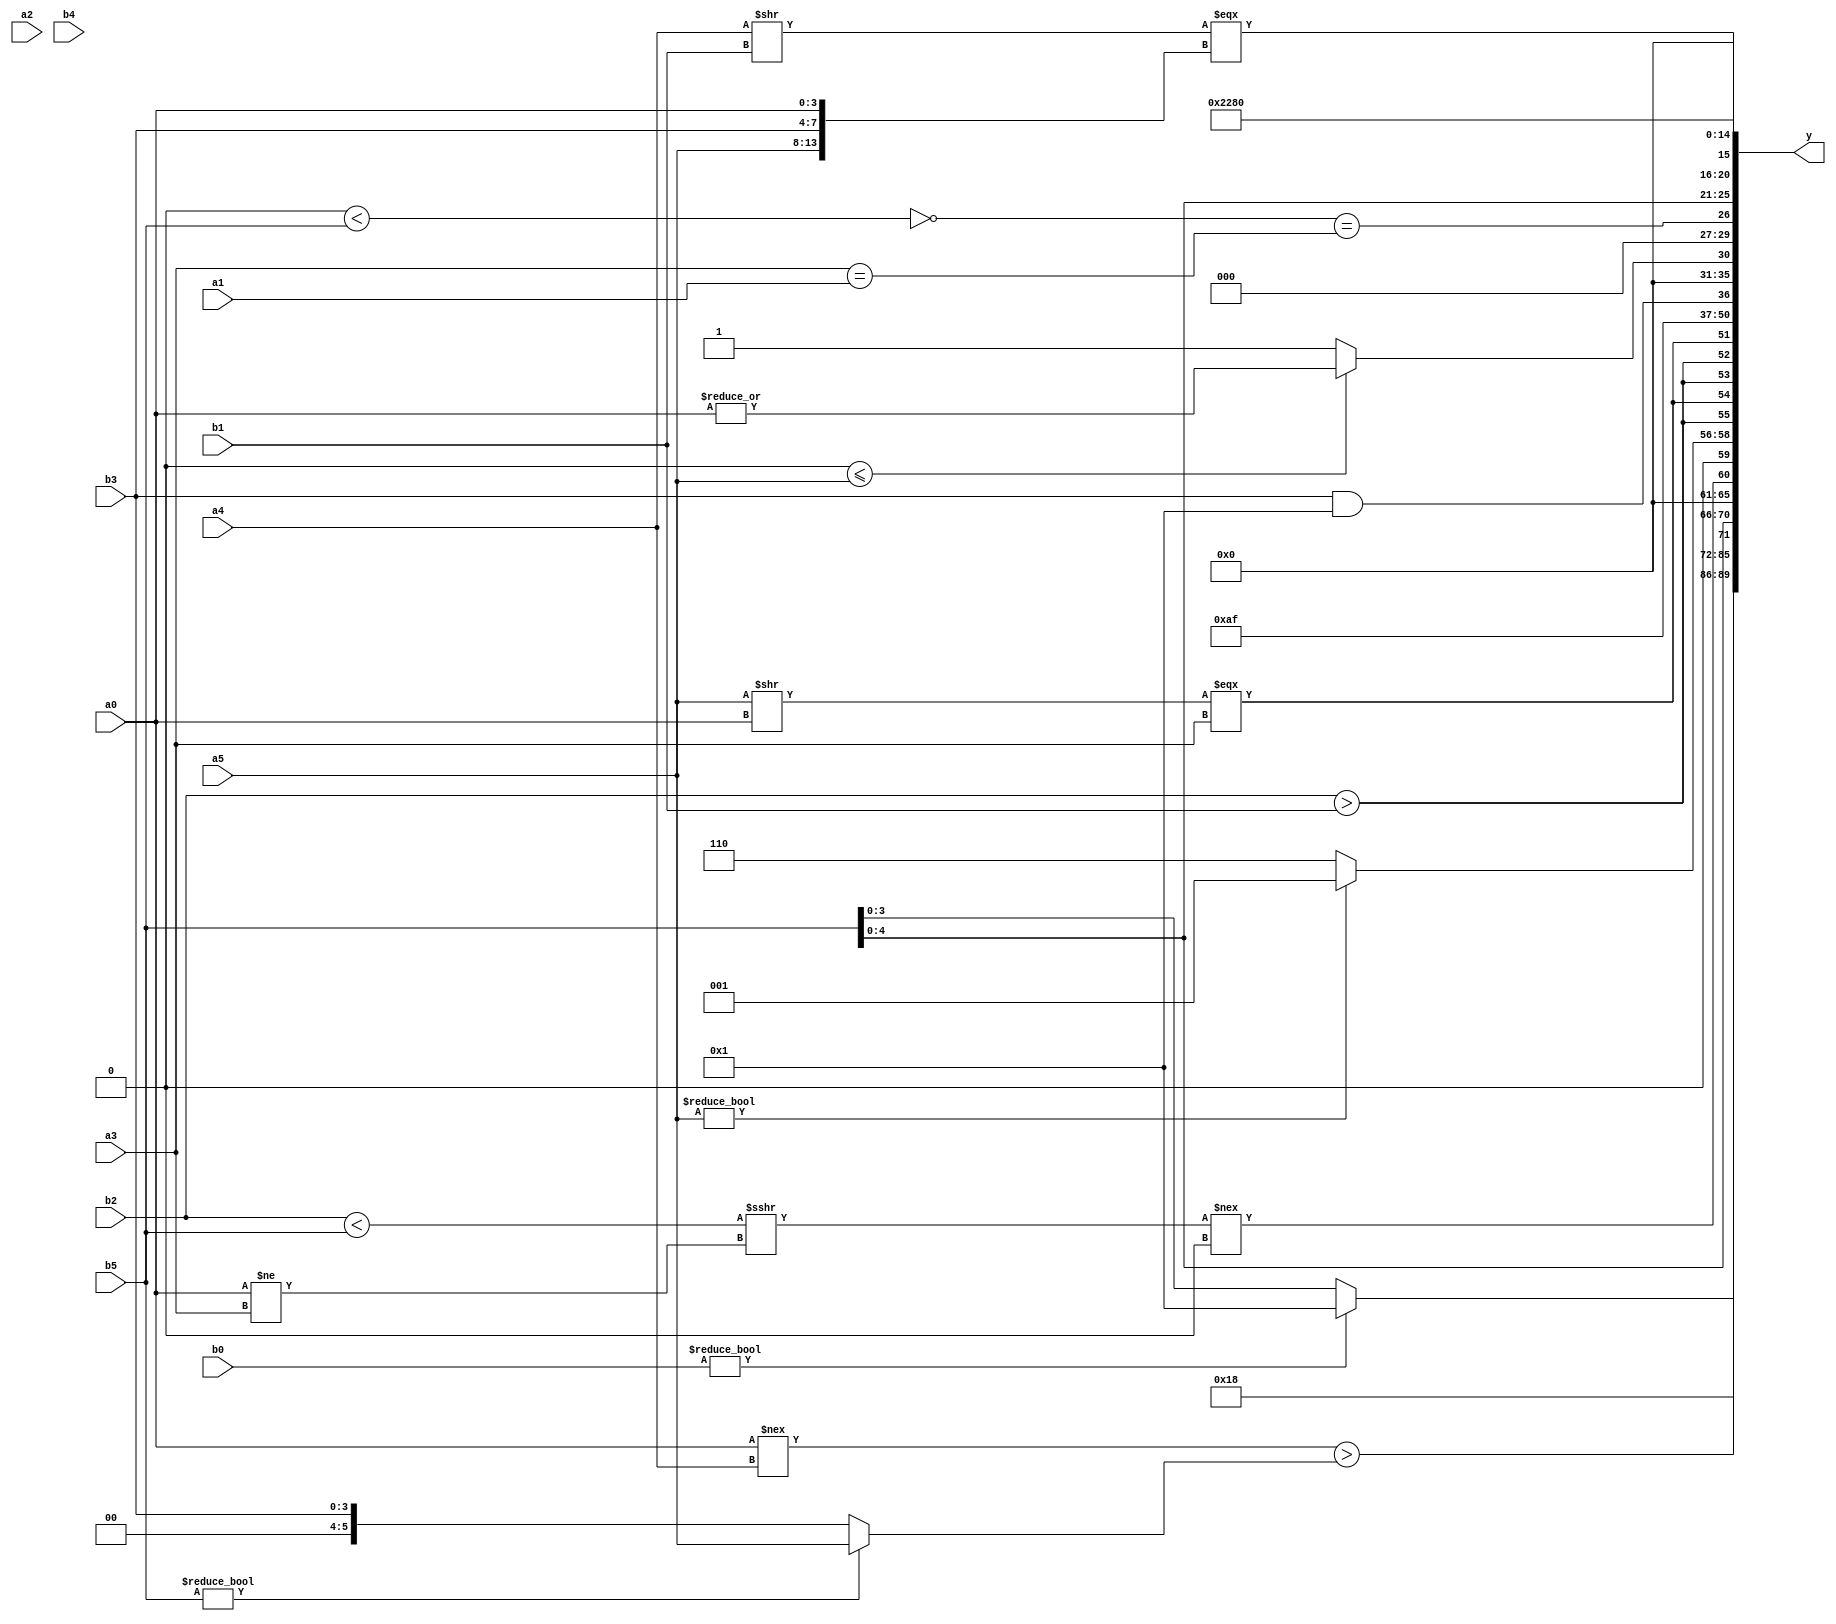
module expression_00758(a0, a1, a2, a3, a4, a5, b0, b1, b2, b3, b4, b5, y);
  input [3:0] a0;
  input [4:0] a1;
  input [5:0] a2;
  input signed [3:0] a3;
  input signed [4:0] a4;
  input signed [5:0] a5;

  input [3:0] b0;
  input [4:0] b1;
  input [5:0] b2;
  input signed [3:0] b3;
  input signed [4:0] b4;
  input signed [5:0] b5;

  wire [3:0] y0;
  wire [4:0] y1;
  wire [5:0] y2;
  wire signed [3:0] y3;
  wire signed [4:0] y4;
  wire signed [5:0] y5;
  wire [3:0] y6;
  wire [4:0] y7;
  wire [5:0] y8;
  wire signed [3:0] y9;
  wire signed [4:0] y10;
  wire signed [5:0] y11;
  wire [3:0] y12;
  wire [4:0] y13;
  wire [5:0] y14;
  wire signed [3:0] y15;
  wire signed [4:0] y16;
  wire signed [5:0] y17;

  output [89:0] y;
  assign y = {y0,y1,y2,y3,y4,y5,y6,y7,y8,y9,y10,y11,y12,y13,y14,y15,y16,y17};

  localparam [3:0] p0 = ((5'd12)|(4'sd0));
  localparam [4:0] p1 = ((3'd5)?(2'd2):(5'sd6));
  localparam [5:0] p2 = ((3'd3)<=(-3'sd0));
  localparam signed [3:0] p3 = (((3'd7)?(-4'sd4):(5'd21))!=((4'd14)!==(2'd1)));
  localparam signed [4:0] p4 = (~|(^(2'd0)));
  localparam signed [5:0] p5 = ({(5'd31),(2'sd1),(4'd0)}&&{(-2'sd1),(4'd11),(5'd18)});
  localparam [3:0] p6 = (-5'sd7);
  localparam [4:0] p7 = (^{1{(((-5'sd14)?(-4'sd6):(2'd3))!=((3'd4)?(-4'sd2):(5'sd0)))}});
  localparam [5:0] p8 = ((((-5'sd14)<<(4'd5))!=((5'd18)>(-4'sd5)))<<<(((4'sd7)||(3'd0))<<((3'd6)<<(-4'sd0))));
  localparam signed [3:0] p9 = (&((^((3'd5)&&(-5'sd6)))!==(((-2'sd0)^~(-3'sd2))>((-4'sd0)^(3'd1)))));
  localparam signed [4:0] p10 = ({3{(4'sd2)}}?((4'd4)===(-3'sd1)):((5'd1)+(4'd4)));
  localparam signed [5:0] p11 = {((|(5'sd6))||((4'd1)<=(-4'sd1))),(&{(2'd1),(3'd5),(4'd8)}),{1{{{(5'd18),(4'sd6),(3'd3)},(4'd10)}}}};
  localparam [3:0] p12 = ({1{{3{(~&(3'd5))}}}}||(!((-((2'd0)!=(-3'sd0)))^~{2{(2'd0)}})));
  localparam [4:0] p13 = ({1{{4{(2'sd0)}}}}=={4{(-5'sd10)}});
  localparam [5:0] p14 = {{((-3'sd2)>>(2'sd1))},(!{(5'sd14),(-5'sd8)}),({(-2'sd0)}^((-4'sd4)<<(4'd1)))};
  localparam signed [3:0] p15 = (^{4{(!(2'sd0))}});
  localparam signed [4:0] p16 = ((5'sd11)<(-2'sd1));
  localparam signed [5:0] p17 = ((+(((5'd30)<<(4'd15))?((-2'sd1)?(4'sd6):(2'sd1)):((-5'sd4)>(2'd3))))^~((-(-4'sd7))?(~|(4'd11)):(5'd2 * (2'd0))));

  assign y0 = (b0?p3:b5);
  assign y1 = (((&(~|p11))<={1{(p6<p11)}})!=($unsigned((p11))>(p1?p1:p12)));
  assign y2 = $unsigned((-2'sd1));
  assign y3 = ((a0!==a4)>(b5?a5:b3));
  assign y4 = $signed(b5);
  assign y5 = {1{{1{((+((b2<b5)>>>(a0!=a3)))!==(5'sd0))}}}};
  assign y6 = ((a5?p13:p9)?(3'd6):(|(p13>=p15)));
  assign y7 = {2{{{2{(b2>b1)}},{1{((a5>>a0)==={a3})}}}}};
  assign y8 = (|(-(4'd0)));
  assign y9 = {(a3?p6:a3),(b4||p15),{1{p11}}};
  assign y10 = ((&(b3&&p12))^~(!(+(p8^p13))));
  assign y11 = ((p13<=a5)?(|a0):(2'sd1));
  assign y12 = ((~(p8<b5))==(-(a3==a1)));
  assign y13 = {3{b5}};
  assign y14 = ((a4>>b1)==={a5,b3,a0});
  assign y15 = (4'd2 * {2{p1}});
  assign y16 = (4'd10);
  assign y17 = (^((($signed({p5,a3,a1})^~{$signed(a5)}))>>>{1{{4{{p11}}}}}));
endmodule